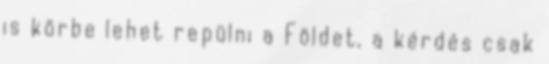
is körbe lehet repülni a Földet, a kérdés csak